Lunatic asylums Burma 1907-21 - 1907-1921
Year: 1907
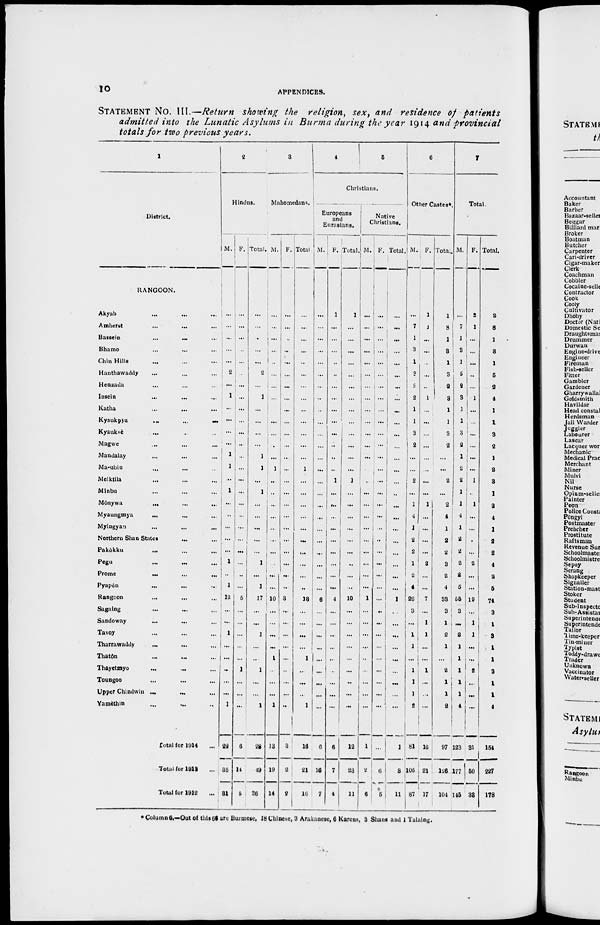
10
APPENDICES.
STATEMENT No. III.—Return showing the religion, sex, and residence of patients
admitted into the Lunatic Asylums in Burma during the year 1914 and provincial
totals for two previous years.
1
District.
RANGOON.
Akyab ... ... ...
Amherst ... ... ...
Bassein
...
...
...
Bhamo ... ... ...
Chin Hills ... ... ...
Hanthawaddy ... ... ...
Henzada ... ... ...
Insein
...
...
...
Katha ... ... ...
Kyaukpyu
...
...
...
Kyauksè
... ... ...
Magwe ... ... ...
Mandalay ... ... ...
Ma-ubin ... ... ...
Meiktila ... ... ...
Minbu ... ... ...
Mônywa ... ... ...
Myaungmya ... ... ...
Myingyan ... ... ...
Northern Shan States ... ...
Pakôkku ... ... ...
Pegu ... ... ...
Prome ... ... ...
Pyapôn ... ... ...
Rangoon ... ... ...
Sagaing ... ... ...
Sandoway
...
...
...
Tavoy ... ... ...
Tharrawaddy ... ... ...
Thatôn ... ... ...
Thayetmyo
...
...
...
Toungoo ... ... ...
Upper Chindwin ... ... ...
Yamèthin ... ... ...
Total for 1914 ...
Total for 1913 ...
Total for 1912 ...
2
Hindus.
M.
...
...
...
...
...
2
...
1
...
...
...
...
1
1
...
1
...
...
...
...
...
1
...
1
12
...
...
1
...
...
...
...
...
1
22
35
31
F.
...
...
...
...
...
...
...
...
...
...
...
...
...
...
...
...
...
...
...
...
...
...
...
...
5
...
...
...
...
...
1
...
...
...
6
14
5
Total.
...
...
...
...
...
2
...
1
...
...
...
...
1
1
...
1
...
...
...
...
...
1
...
1
17
...
...
1
...
...
1
...
...
1
28
49
36
3
Mahomedans.
M.
...
...
...
...
...
...
...
...
...
...
...
...
...
1
...
..
...
...
...
...
...
...
...
...
10
...
...
...
...
1
...
...
...
1
13
19
14
F.
...
...
...
...
...
...
...
...
...
...
...
...
...
...
...
...
...
...
...
...
...
...
...
...
3
...
...
...
...
...
...
...
...
...
3
2
2
Total.
...
...
...
...
...
...
...
...
...
...
...
...
...
1
...
...
...
...
...
...
...
...
...
..
13
...
...
...
...
1
...
...
...
1
16
21
16
4
5
Christians.
Europeans
and
Eurasians.
M.
...
...
...
...
...
...
...
..
...
...
...
...
...
...
...
...
...
...
...
...
...
...
...
...
6
...
...
...
...
...
...
...
...
...
6
16
7
F.
1
...
...
...
...
...
...
...
...
...
...
...
...
...
1
...
...
...
...
...
...
...
...
...
4
...
...
...
...
...
...
...
...
...
6
7
4
Total.
1
...
...
...
...
...
...
...
...
...
...
...
...
...
1
...
...
...
...
...
...
..
...
...
10
...
...
...
...
...
...
..
...
...
12
23
11
Native
Christians.
M.
...
...
...
...
...
...
...
...
...
...
...
...
...
...
...
...
...
...
...
...
...
...
...
...
1
...
...
...
...
...
...
...
...
...
1
2
6
F.
...
...
...
...
...
...
...
...
...
...
...
...
...
...
...
...
...
...
...
...
...
...
...
...
...
...
...
...
...
...
...
...
...
...
...
6
5
Total.
...
...
...
...
...
...
...
...
...
...
...
...
...
...
...
...
...
...
...
...
...
...
...
...
1
...
...
...
...
...
...
...
...
...
1
8
1 1
6
Other Castes*.
M.
...
7
1
3
1
3
2
2
1
1
3
2
...
...
2
...
1
4
1
2
2
1
2
4
26
3
...
1
1
...
1
1
1
2
81
105
87
F.
1
1
...
...
...
...
...
1
...
...
...
...
...
...
...
...
1
...
...
...
...
2
...
...
7
...
1
1
...
...
1
...
...
...
16
21
17
Total.
1
8
1
3
1
3
2
3
1
1
3
2
...
...
2
...
2
4
1
2
2
3
2
4
33
3
1
2
1
...
2
1
1
2
97
126
104
7
Total.
M.
...
7
1
3
1
5
2
3
1
1
3
2
1
2
2
1
1
4
1
2
2
2
2
5
55
3
...
2
1
1
1
1
1
4
123
177
145
F.
2
1
...
...
...
...
...
1
...
...
...
...
...
...
1
...
1
...
...
...
...
2
...
...
19
...
1
1
...
...
2
...
...
...
31
50
38
Total.
2
8
1
3
1
5
2
4
1
1
3
2
1
2
3
1
2
4
1
2
2
4
2
5
74
3
1
3
1
1
3
1
1
4
154
227
178
*Column 6.—Out of this 66 are Burmese, 18 Chinese, 3 Arakanese, 6 Karens, 3 Shans and 1 Talaing.